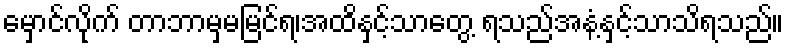
မှောင်လိုက် တာဘာမှမမြင်ရ၊အထိနှင့်သာတွေ့ ရသည်အနံ့နှင့်သာသိရသည်။